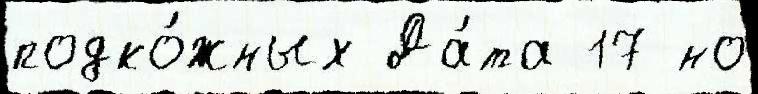
подко́жных Да́та 17 но